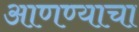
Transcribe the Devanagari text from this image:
अाणण्याचा